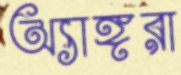
অ্যাঙ্গরা